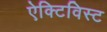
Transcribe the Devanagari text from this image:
ऐक्टिविस्ट